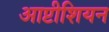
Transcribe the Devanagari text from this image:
आप्टीशियन